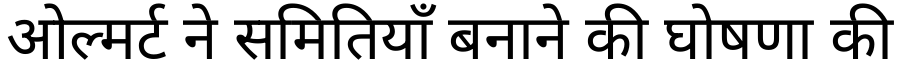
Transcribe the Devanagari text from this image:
ओल्मर्ट ने समितियाँ बनाने की घोषणा की